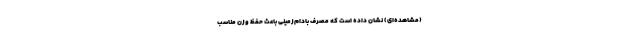
(مشاهده‌ای) نشان داده است که مصرف بادام‌زمینی باعث حفظ وزن مناسب